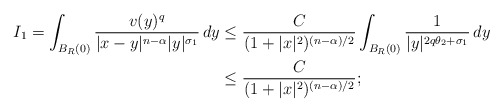
\begin{align*}I_1 = \int_{B_{R}(0)} \frac{v(y)^q}{|x-y|^{n-\alpha}|y|^{\sigma_1}}\,dy \leq {} & \frac{C}{(1+|x|^2)^{(n-\alpha)/2}}\int_{B_{R}(0)} \frac{1}{|y|^{2q\theta_2 + \sigma_{1}}}\,dy \\\leq {} & \frac{C}{(1+|x|^2)^{(n-\alpha)/2}};\end{align*}